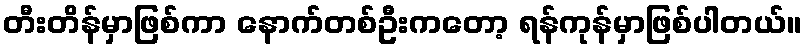
တီးတိန်မှာဖြစ်ကာ နောက်တစ်ဦးကတော့ ရန်ကုန်မှာဖြစ်ပါတယ်။